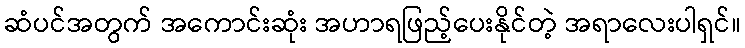
ဆံပင်အတွက် အကောင်းဆုံး အဟာရဖြည့်ပေးနိုင်တဲ့ အရာလေးပါရှင်။